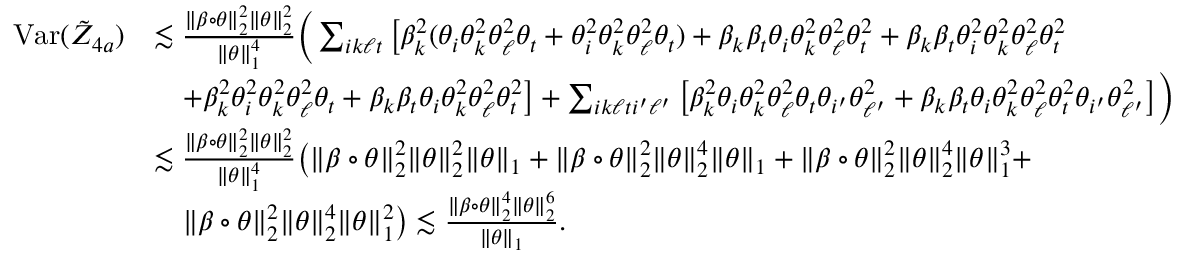
\begin{array} { r l } { \mathrm { V a r } ( \tilde { Z } _ { 4 a } ) } & { \lesssim \frac { \| \beta \circ \theta \| _ { 2 } ^ { 2 } \| \theta \| _ { 2 } ^ { 2 } } { \| \theta \| _ { 1 } ^ { 4 } } \bigg ( \sum _ { i k \ell t } \big [ \beta _ { k } ^ { 2 } ( \theta _ { i } \theta _ { k } ^ { 2 } \theta _ { \ell } ^ { 2 } \theta _ { t } + \theta _ { i } ^ { 2 } \theta _ { k } ^ { 2 } \theta _ { \ell } ^ { 2 } \theta _ { t } ) + \beta _ { k } \beta _ { t } \theta _ { i } \theta _ { k } ^ { 2 } \theta _ { \ell } ^ { 2 } \theta _ { t } ^ { 2 } + \beta _ { k } \beta _ { t } \theta _ { i } ^ { 2 } \theta _ { k } ^ { 2 } \theta _ { \ell } ^ { 2 } \theta _ { t } ^ { 2 } } \\ & { \quad + \beta _ { k } ^ { 2 } \theta _ { i } ^ { 2 } \theta _ { k } ^ { 2 } \theta _ { \ell } ^ { 2 } \theta _ { t } + \beta _ { k } \beta _ { t } \theta _ { i } \theta _ { k } ^ { 2 } \theta _ { \ell } ^ { 2 } \theta _ { t } ^ { 2 } \big ] + \sum _ { i k \ell t i ^ { \prime } \ell ^ { \prime } } \big [ \beta _ { k } ^ { 2 } \theta _ { i } \theta _ { k } ^ { 2 } \theta _ { \ell } ^ { 2 } \theta _ { t } \theta _ { i ^ { \prime } } \theta _ { \ell ^ { \prime } } ^ { 2 } + \beta _ { k } \beta _ { t } \theta _ { i } \theta _ { k } ^ { 2 } \theta _ { \ell } ^ { 2 } \theta _ { t } ^ { 2 } \theta _ { i ^ { \prime } } \theta _ { \ell ^ { \prime } } ^ { 2 } \big ] \bigg ) } \\ & { \lesssim \frac { \| \beta \circ \theta \| _ { 2 } ^ { 2 } \| \theta \| _ { 2 } ^ { 2 } } { \| \theta \| _ { 1 } ^ { 4 } } \big ( \| \beta \circ \theta \| _ { 2 } ^ { 2 } \| \theta \| _ { 2 } ^ { 2 } \| \theta \| _ { 1 } + \| \beta \circ \theta \| _ { 2 } ^ { 2 } \| \theta \| _ { 2 } ^ { 4 } \| \theta \| _ { 1 } + \| \beta \circ \theta \| _ { 2 } ^ { 2 } \| \theta \| _ { 2 } ^ { 4 } \| \theta \| _ { 1 } ^ { 3 } + } \\ & { \quad \| \beta \circ \theta \| _ { 2 } ^ { 2 } \| \theta \| _ { 2 } ^ { 4 } \| \theta \| _ { 1 } ^ { 2 } \big ) \lesssim \frac { \| \beta \circ \theta \| _ { 2 } ^ { 4 } \| \theta \| _ { 2 } ^ { 6 } } { \| \theta \| _ { 1 } } . } \end{array}